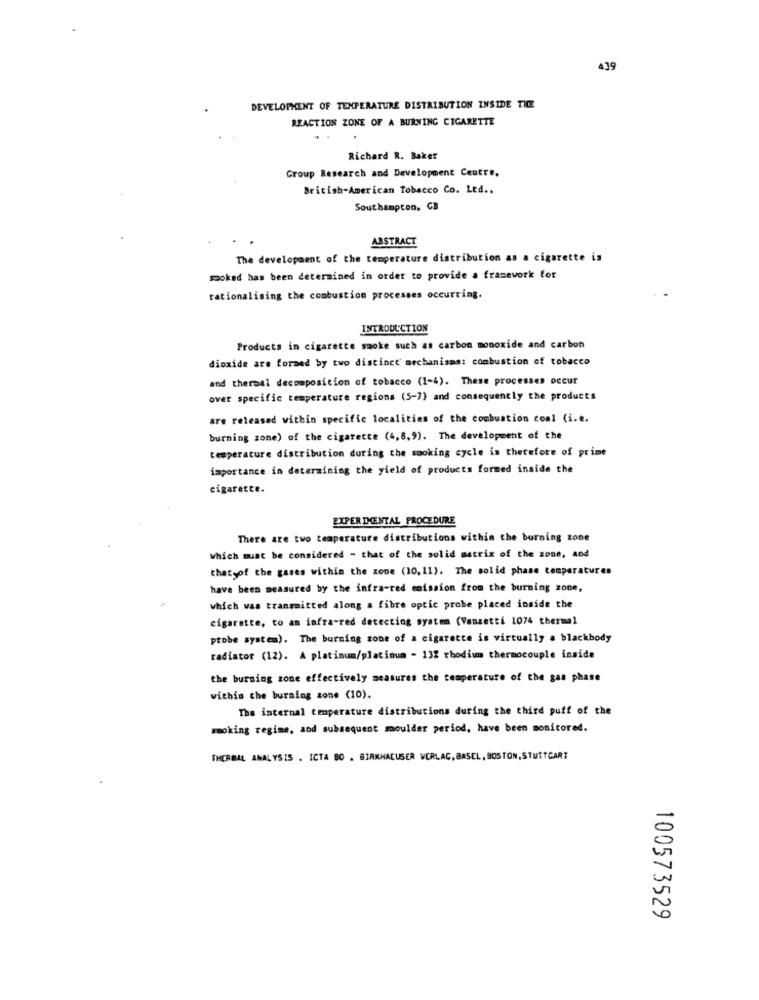
439
DEVELOPMENT OF TEMPERATURE DISTRIBUTION INSIDE THE
REACTION ZONE OF A BURNING CIGARETTE
Richard R. Baker
Group Research and Development Centre.
British-American Tobacco Co. Ltd .,
Southampton, CB
ABSTRACT
The development of the temperature distribution as a cigarette is
sooked has been determined in order to provide a framework for
rationalising the combustion processes occurring.
INTRODUCTION
Products in cigarette smoke such as carbon monoxide and carbon
dioxide are formed by two distinct mechanisms: combustion of tobacco
and thermal decomposition of tobacco (1-4). These processes occur
over specific temperature regions (5-7) and consequently the products
are released within specific localities of the combustion coal (i.e.
burning zone) of the cigarette (4,8,9). The development of the
temperature distribution during the smoking cycle is therefore of prime
importance in determining the yield of products formed inside the
cigarette.
EXPERIMENTAL PROCEDURE
There are two temperature distributions within the burning zone
which must be considered - that of the solid matrix of the zone, and
thatyof the gases within the zone (10, 11). The solid phase temperatures
have been measured by the infra-red emission from the burning zone,
which was transmitted along a fibre optic probe placed inside the
cigarette, to an infra-red detecting system (Vanzetti 1074 thermal
probe system). The burning zone of a cigarette is virtually a blackbody
radiator (12). A platinum/platinum - 132 rhodium thermocouple inside
the burning zone effectively measures the temperature of the gas phase
within the burning zone (10).
The internal temperature distributions during the third puff of the
smoking regime, and subsequent moulder period, have been monitored.
THERMAL ANALYSIS . ICTA BO . BIRKHAEUSER WERLAC, BASEL, BOSTON, STUTTGART
100573529